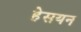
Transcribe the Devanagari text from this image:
हेसयन